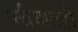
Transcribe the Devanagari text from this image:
परीघातही